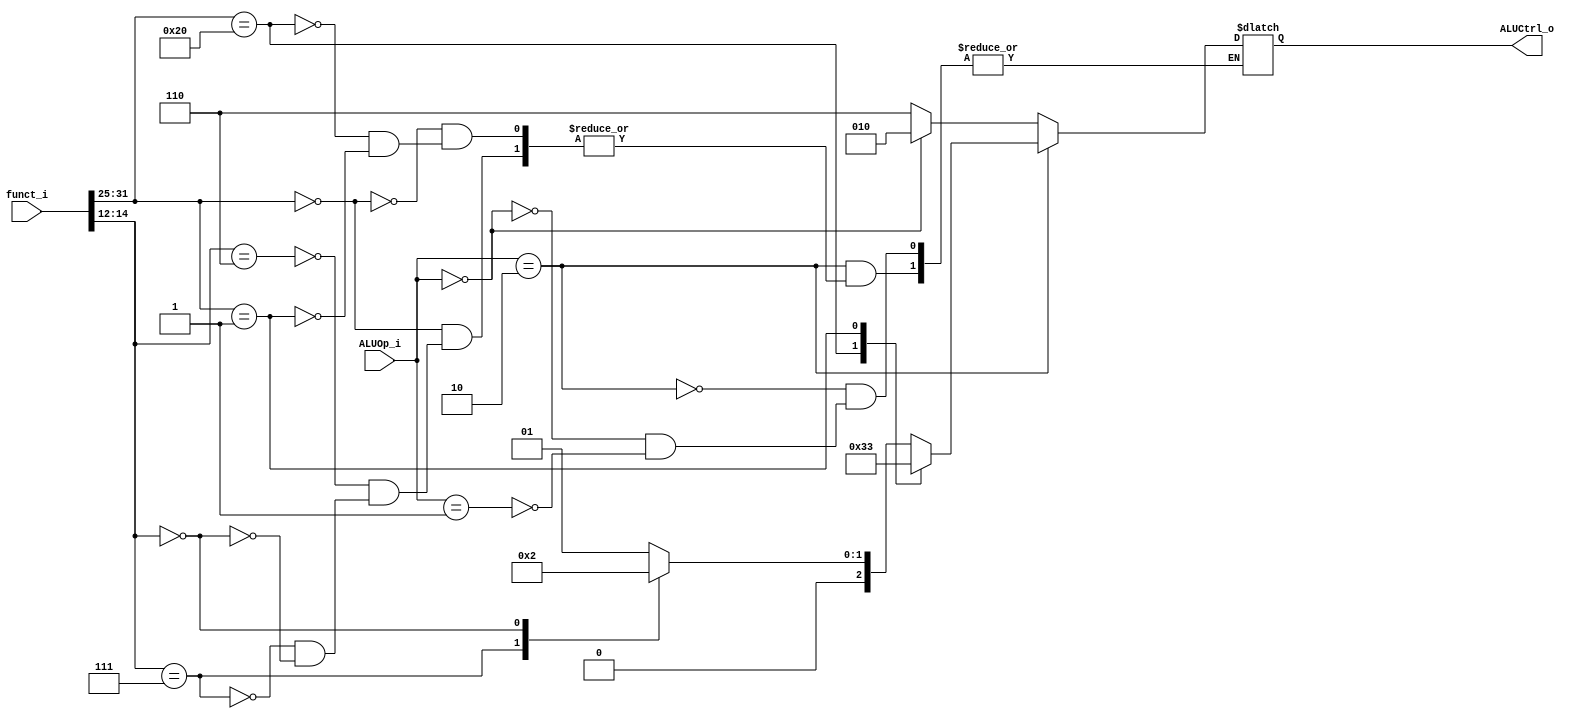
module ALU_Control(
    funct_i,
    ALUOp_i,
    ALUCtrl_o
);

input   [31:0]   funct_i;
input   [1:0]   ALUOp_i;
output  [2:0]   ALUCtrl_o;
reg     [2:0]   ALUCtrl_o;
wire [6:0] funct7;
wire [2:0] funct3;
assign funct7 = funct_i[31:25];
assign funct3 = funct_i[15:12];
always@*
begin
    if(ALUOp_i == 2'b10)      //R type
        begin
            case(funct7)
                7'b0000000: begin
                    case(funct3)
                        3'b110: ALUCtrl_o <= 3'b001; // OR
                        3'b111: ALUCtrl_o <= 3'b000; // AND
                        3'b000: ALUCtrl_o <= 3'b010; // ADD
                    endcase
                end
                7'b0100000: ALUCtrl_o <= 3'b110; //SUB
                7'b0000001: ALUCtrl_o <= 3'b011; //MUL
            endcase
        end
    else if(ALUOp_i==2'b00)
        begin
            ALUCtrl_o <= 3'b010;
        end
    else if(ALUOp_i==2'b01)
    begin
        ALUCtrl_o <=3'b110;
    end
end

endmodule